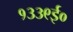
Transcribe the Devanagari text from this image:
१३३९ई०